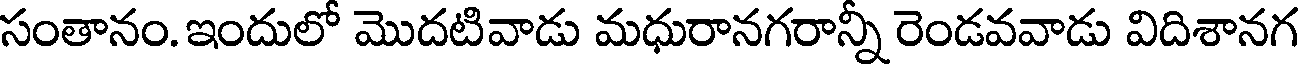
సంతానం. ఇందులో మొదటివాడు మధురానగరాన్నీ రెండవవాడు విదిశానగ